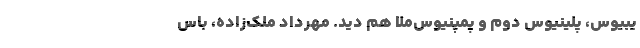
یبیوس،‌ پلینیوس دوم و پُمپُنیوس‌مِلا هم دید. مهرداد ملک‌زاده، باس